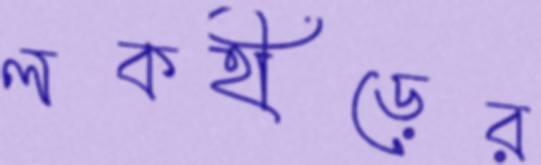
লকহীড়ের